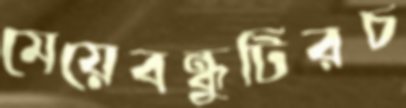
মেয়েবন্ধুটিরচ